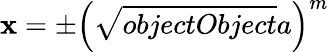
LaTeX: \mathbf{x}=\pm\left({\sqrt{{{objectObject}}}{{a}}}\right)^{m}